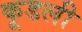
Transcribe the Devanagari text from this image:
कूडली